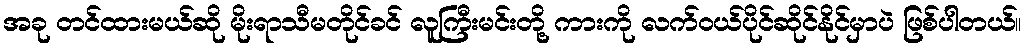
အခု တင်ထားမယ်ဆို မိုးရာသီမတိုင်ခင် လူကြီးမင်းတို့ ကားကို လက်ဝယ်ပိုင်ဆိုင်နိုင်မှာပဲ ဖြစ်ပါတယ်။